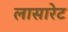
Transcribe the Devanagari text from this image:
लासारेट